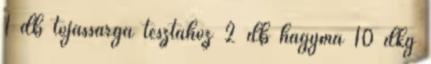
1 db tojássárga tésztához 2 db hagyma 10 dkg